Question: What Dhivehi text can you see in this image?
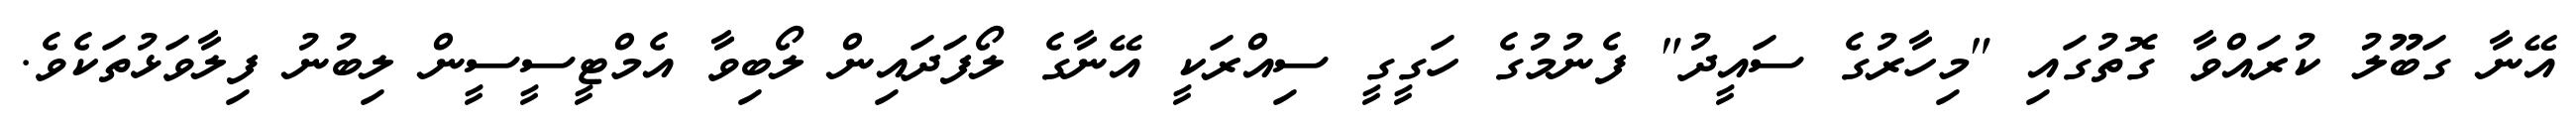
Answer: އޭނާ ގަބޫލު ކުރައްވާ ގޮތުގައި "މިހާރުގެ ސައީދު" ފެނުމުގެ ހަގީގީ ސިއްރަކީ އޭނާގެ ލޯފަދައިން ލޯބިވާ އެމްޓީސީސީން ލިބުނު ފިލާވަޅުތަކެވެ.